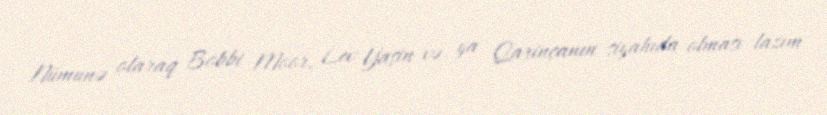
Nümunə olaraq Bobbi Moor, Lev Yaşin və ya Qarinçanın siyahıda olması lazım